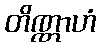
တိဏ္ဏာဟံ